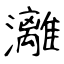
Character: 灕